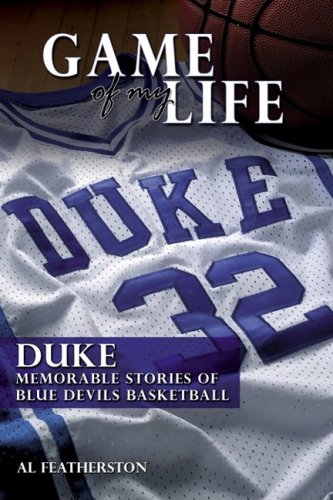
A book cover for Duke: Memorable Stories of Blue Devil Basketball (Game of My Life); Al Featherston; Sports & Outdoors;